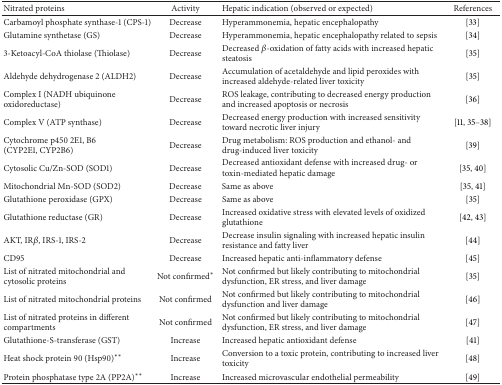
<table><thead><tr><td><b>Nitrated proteins</b></td><td><b>Activity</b></td><td><b>Hepatic indication (observed or expected)</b></td><td><b>References</b></td></tr></thead><tbody><tr><td>Carbamoyl phosphate synthase-1 (CPS-1) </td><td>Decrease</td><td>Hyperammonemia, hepatic encephalopathy</td><td>[33]</td></tr><tr><td>Glutamine synthetase (GS) </td><td>Decrease</td><td>Hyperammonemia, hepatic encephalopathy related to sepsis</td><td>[34]</td></tr><tr><td>3-Ketoacyl-CoA thiolase (Thiolase) </td><td>Decrease</td><td>Decreased <i>β</i>-oxidation of fatty acids with increased hepatic steatosis</td><td>[35]</td></tr><tr><td>Aldehyde dehydrogenase 2 (ALDH2)</td><td>Decrease</td><td>Accumulation of acetaldehyde and lipid peroxides with increased aldehyde-related liver toxicity</td><td>[35]</td></tr><tr><td>Complex I (NADH ubiquinone oxidoreductase)</td><td>Decrease</td><td>ROS leakage, contributing to decreased energy production and increased apoptosis or necrosis</td><td>[36]</td></tr><tr><td>Complex V (ATP synthase)</td><td>Decrease</td><td>Decreased energy production with increased sensitivity toward necrotic liver injury </td><td>[11, 35–38]</td></tr><tr><td>Cytochrome p450 2E1, B6 (CYP2E1, CYP2B6) </td><td>Decrease</td><td>Drug metabolism: ROS production and ethanol- and drug-induced liver toxicity </td><td>[39]</td></tr><tr><td>Cytosolic Cu/Zn-SOD (SOD1) </td><td>Decrease</td><td>Decreased antioxidant defense with increased drug- or toxin-mediated hepatic damage</td><td>[35, 40]</td></tr><tr><td>Mitochondrial Mn-SOD (SOD2)</td><td>Decrease</td><td>Same as above</td><td>[35, 41]</td></tr><tr><td>Glutathione peroxidase (GPX) </td><td>Decrease</td><td>Same as above</td><td>[35]</td></tr><tr><td>Glutathione reductase (GR) </td><td>Decrease</td><td>Increased oxidative stress with elevated levels of oxidized glutathione</td><td>[42, 43]</td></tr><tr><td>AKT, IR<i>β</i>, IRS-1, IRS-2</td><td>Decrease</td><td>Decrease insulin signaling with increased hepatic insulin resistance and fatty liver</td><td>[44]</td></tr><tr><td>CD95</td><td>Decrease</td><td>Increased hepatic anti-inflammatory defense</td><td>[45]</td></tr><tr><td>List of nitrated mitochondrial and cytosolic proteins</td><td>Not confirmed*</td><td>Not confirmed but likely contributing to mitochondrial dysfunction, ER stress, and liver damage</td><td>[35]</td></tr><tr><td>List of nitrated mitochondrial proteins</td><td>Not confirmed</td><td>Not confirmed but likely contributing to mitochondrial dysfunction and liver damage</td><td>[46]</td></tr><tr><td>List of nitrated proteins in different compartments</td><td>Not confirmed</td><td>Not confirmed but likely contributing to mitochondrial dysfunction, ER stress, and liver damage</td><td>[47]</td></tr><tr><td>Glutathione-S-transferase (GST) </td><td>Increase</td><td>Increased hepatic antioxidant defense</td><td>[41]</td></tr><tr><td>Heat shock protein 90 (Hsp90)**</td><td>Increase</td><td>Conversion to a toxic protein, contributing to increased liver toxicity</td><td>[48]</td></tr><tr><td>Protein phosphatase type 2A (PP2A)**</td><td>Increase</td><td>Increased microvascular endothelial permeability</td><td>[49]</td></tr></tbody></table>